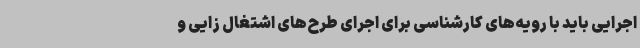
اجرایی باید با رویه‌های کارشناسی برای اجرای طرح‌های اشتغال زایی و